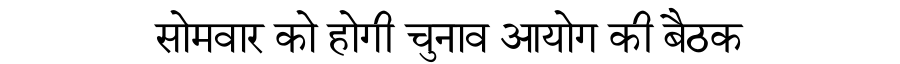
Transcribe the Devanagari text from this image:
सोमवार को होगी चुनाव आयोग की बैठक